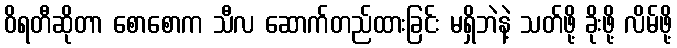
ဝိရတီဆိုတာ စောစောက သီလ ဆောက်တည်ထားခြင်း မရှိဘဲနဲ့ သတ်ဖို့ ခိုးဖို့ လိမ်ဖို့